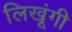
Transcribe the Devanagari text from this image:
लिखूंगी